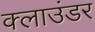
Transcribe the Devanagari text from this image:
क्लाउंडर